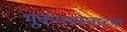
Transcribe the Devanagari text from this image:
भूकंपग्रस्तांच्या